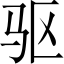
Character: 驱